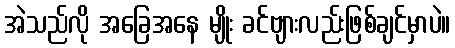
အဲသည်လို အခြေအနေ မျိုး ခင်ဗျားလည်းဖြစ်ချင်မှာပဲ။